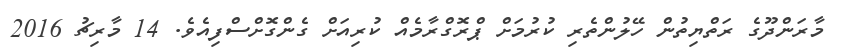
މާރަންދޫގެ ރަތްޔިތުން ހޭލުންތެރި ކުރުމަށް ޕްރޮގްރާމެއް ކުރިއަށް ގެންގޮށްސްފިއެވެ. 14 މާރިޗު 2016